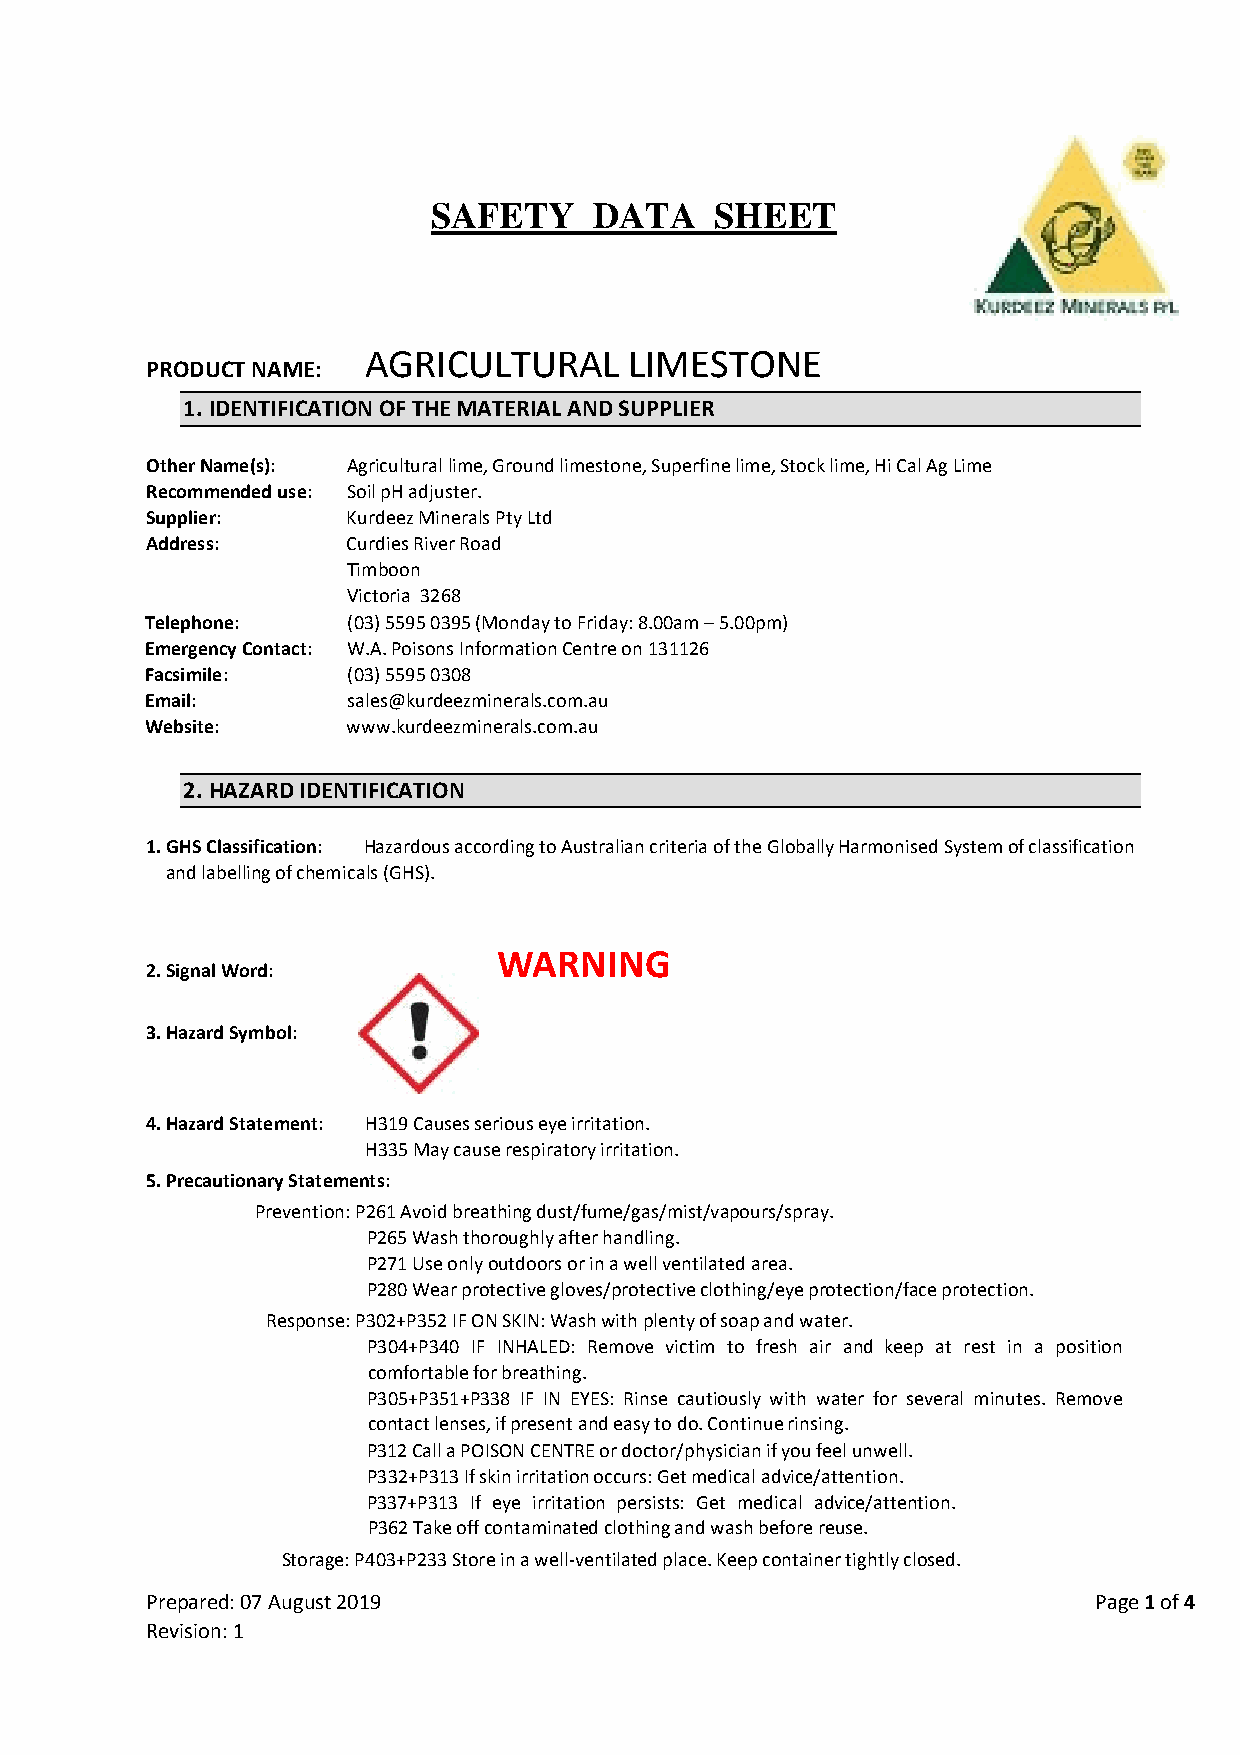
SAFETY    DATA    SHEET
 AGRICULTURAL      LIMESTONE
 PRODUCT NAME:
 1. IDENTIFICATION OF THE MATERIAL AND SUPPLIER
 Other Name(s): Agricultural lime, Ground limestone, Superfine lime, Stock lime, Hi Cal Ag Lime
 Recommended use: Soil pH adjuster.
 Supplier:    Kurdeez Minerals Pty Ltd
 Address:     Curdies River Road
 Timboon
 Victoria 3268
 Telephone:   (03) 5595 0395 (Monday to Friday: 8.00am – 5.00pm)
 Emergency Contact: W.A. Poisons Information Centre on 131126
 Facsimile:   (03) 5595 0308
 Email:       sales@kurdeezminerals.com.au
 Website:     www.kurdeezminerals.com.au
 2. HAZARD IDENTIFICATION
 1. GHS Classification: Hazardous according to Australian criteria of the Globally Harmonised System of classification
 and labelling of chemicals (GHS).
 WARNING
 2. Signal Word:
 3. Hazard Symbol:
 4. Hazard Statement: H319 Causes serious eye irritation.
 H335 May cause respiratory irritation.
 5. Precautionary Statements:
 Prevention: P261 Avoid breathing dust/fume/gas/mist/vapours/spray.
 P265 Wash thoroughly after handling.
 P271 Use only outdoors or in a well ventilated area.
 P280 Wear protective gloves/protective clothing/eye protection/face protection.
 Response: P302+P352 IF ON SKIN: Wash with plenty of soap and water.
 P304+P340 IF INHALED: Remove victim to fresh air and keep at rest in a position
 comfortable for breathing.
 P305+P351+P338 IF IN EYES: Rinse cautiously with water for several minutes. Remove
 contact lenses, if present and easy to do. Continue rinsing.
 P312 Call a POISON CENTRE or doctor/physician if you feel unwell.
 P332+P313 If skin irritation occurs: Get medical advice/attention.
 P337+P313 If eye irritation persists: Get medical advice/attention.
 P362 Take off contaminated clothing and wash before reuse.
 Storage: P403+P233 Store in a well-ventilated place. Keep container tightly closed.
 Prepared: 07 August 2019                                      Page 1 of 4
 Revision: 1